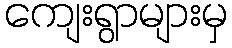
ကျေးရွာများမှ